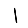
Digit: 1